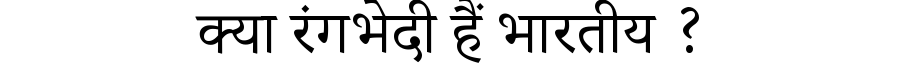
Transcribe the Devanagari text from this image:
क्या रंगभेदी हैं भारतीय ?